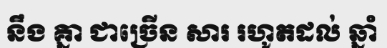
នឹង គ្នា ជាច្រើន សារ រហូតដល់ ឆ្នាំ